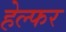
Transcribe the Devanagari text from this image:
हेल्फर